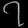
Digit: ၇